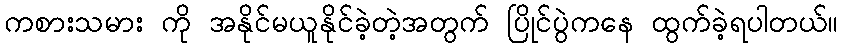
ကစားသမား ကို အနိုင်မယူနိုင်ခဲ့တဲ့အတွက် ပြိုင်ပွဲကနေ ထွက်ခဲ့ရပါတယ်။